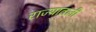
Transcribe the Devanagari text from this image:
राज्यातली